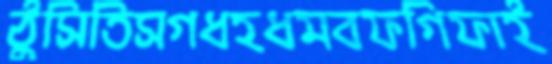
ঠুসিতিসগধহধমবফগিফাই